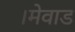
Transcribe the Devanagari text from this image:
।मेवाड